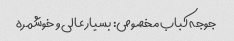
جوجه کباب مخصوص: بسیار عالی و خوشمره